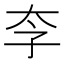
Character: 𱙶